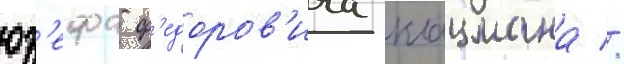
юз'ефа ф'едоров'ича клацмана //